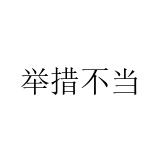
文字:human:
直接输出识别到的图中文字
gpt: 举措不当